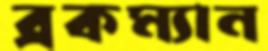
ব্রকম্যান